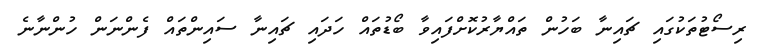
ރިސޯޓުތަކުގައި ޗައިނާ ބަހުން ތައްޔާރުކޮށްފައިވާ ބޯޑުތައް ހަދައި ޗައިނާ ސައިންތައް ފެންނަން ހުންނާނެ